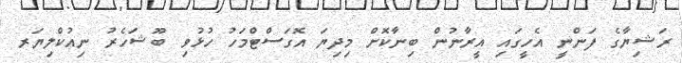
ރަޝިޔާގެ ފަންނީ އެހީގައި އީރާނުން ބިނާކޮށް މިދިޔަ އޮގަސްޓްމަހު ހުޅުވި ބޫޝަހެރު ނިއުކްލިޔަރ